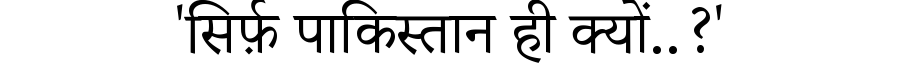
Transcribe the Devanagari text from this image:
'सिर्फ़ पाकिस्तान ही क्यों..?'